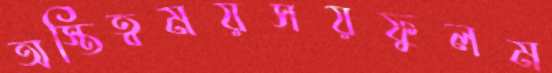
অস্তিত্বময়সয়ফুলম